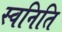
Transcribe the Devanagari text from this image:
स्वनिति